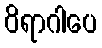
ဝိရာဂါပေ